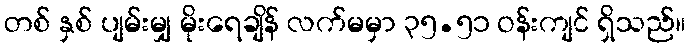
တစ် နှစ် ပျမ်းမျှ မိုးရေချိန် လက်မမှာ ၃၅.၅၁ ဝန်းကျင် ရှိသည်။